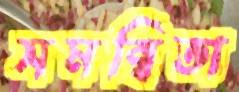
সমন্বিতা